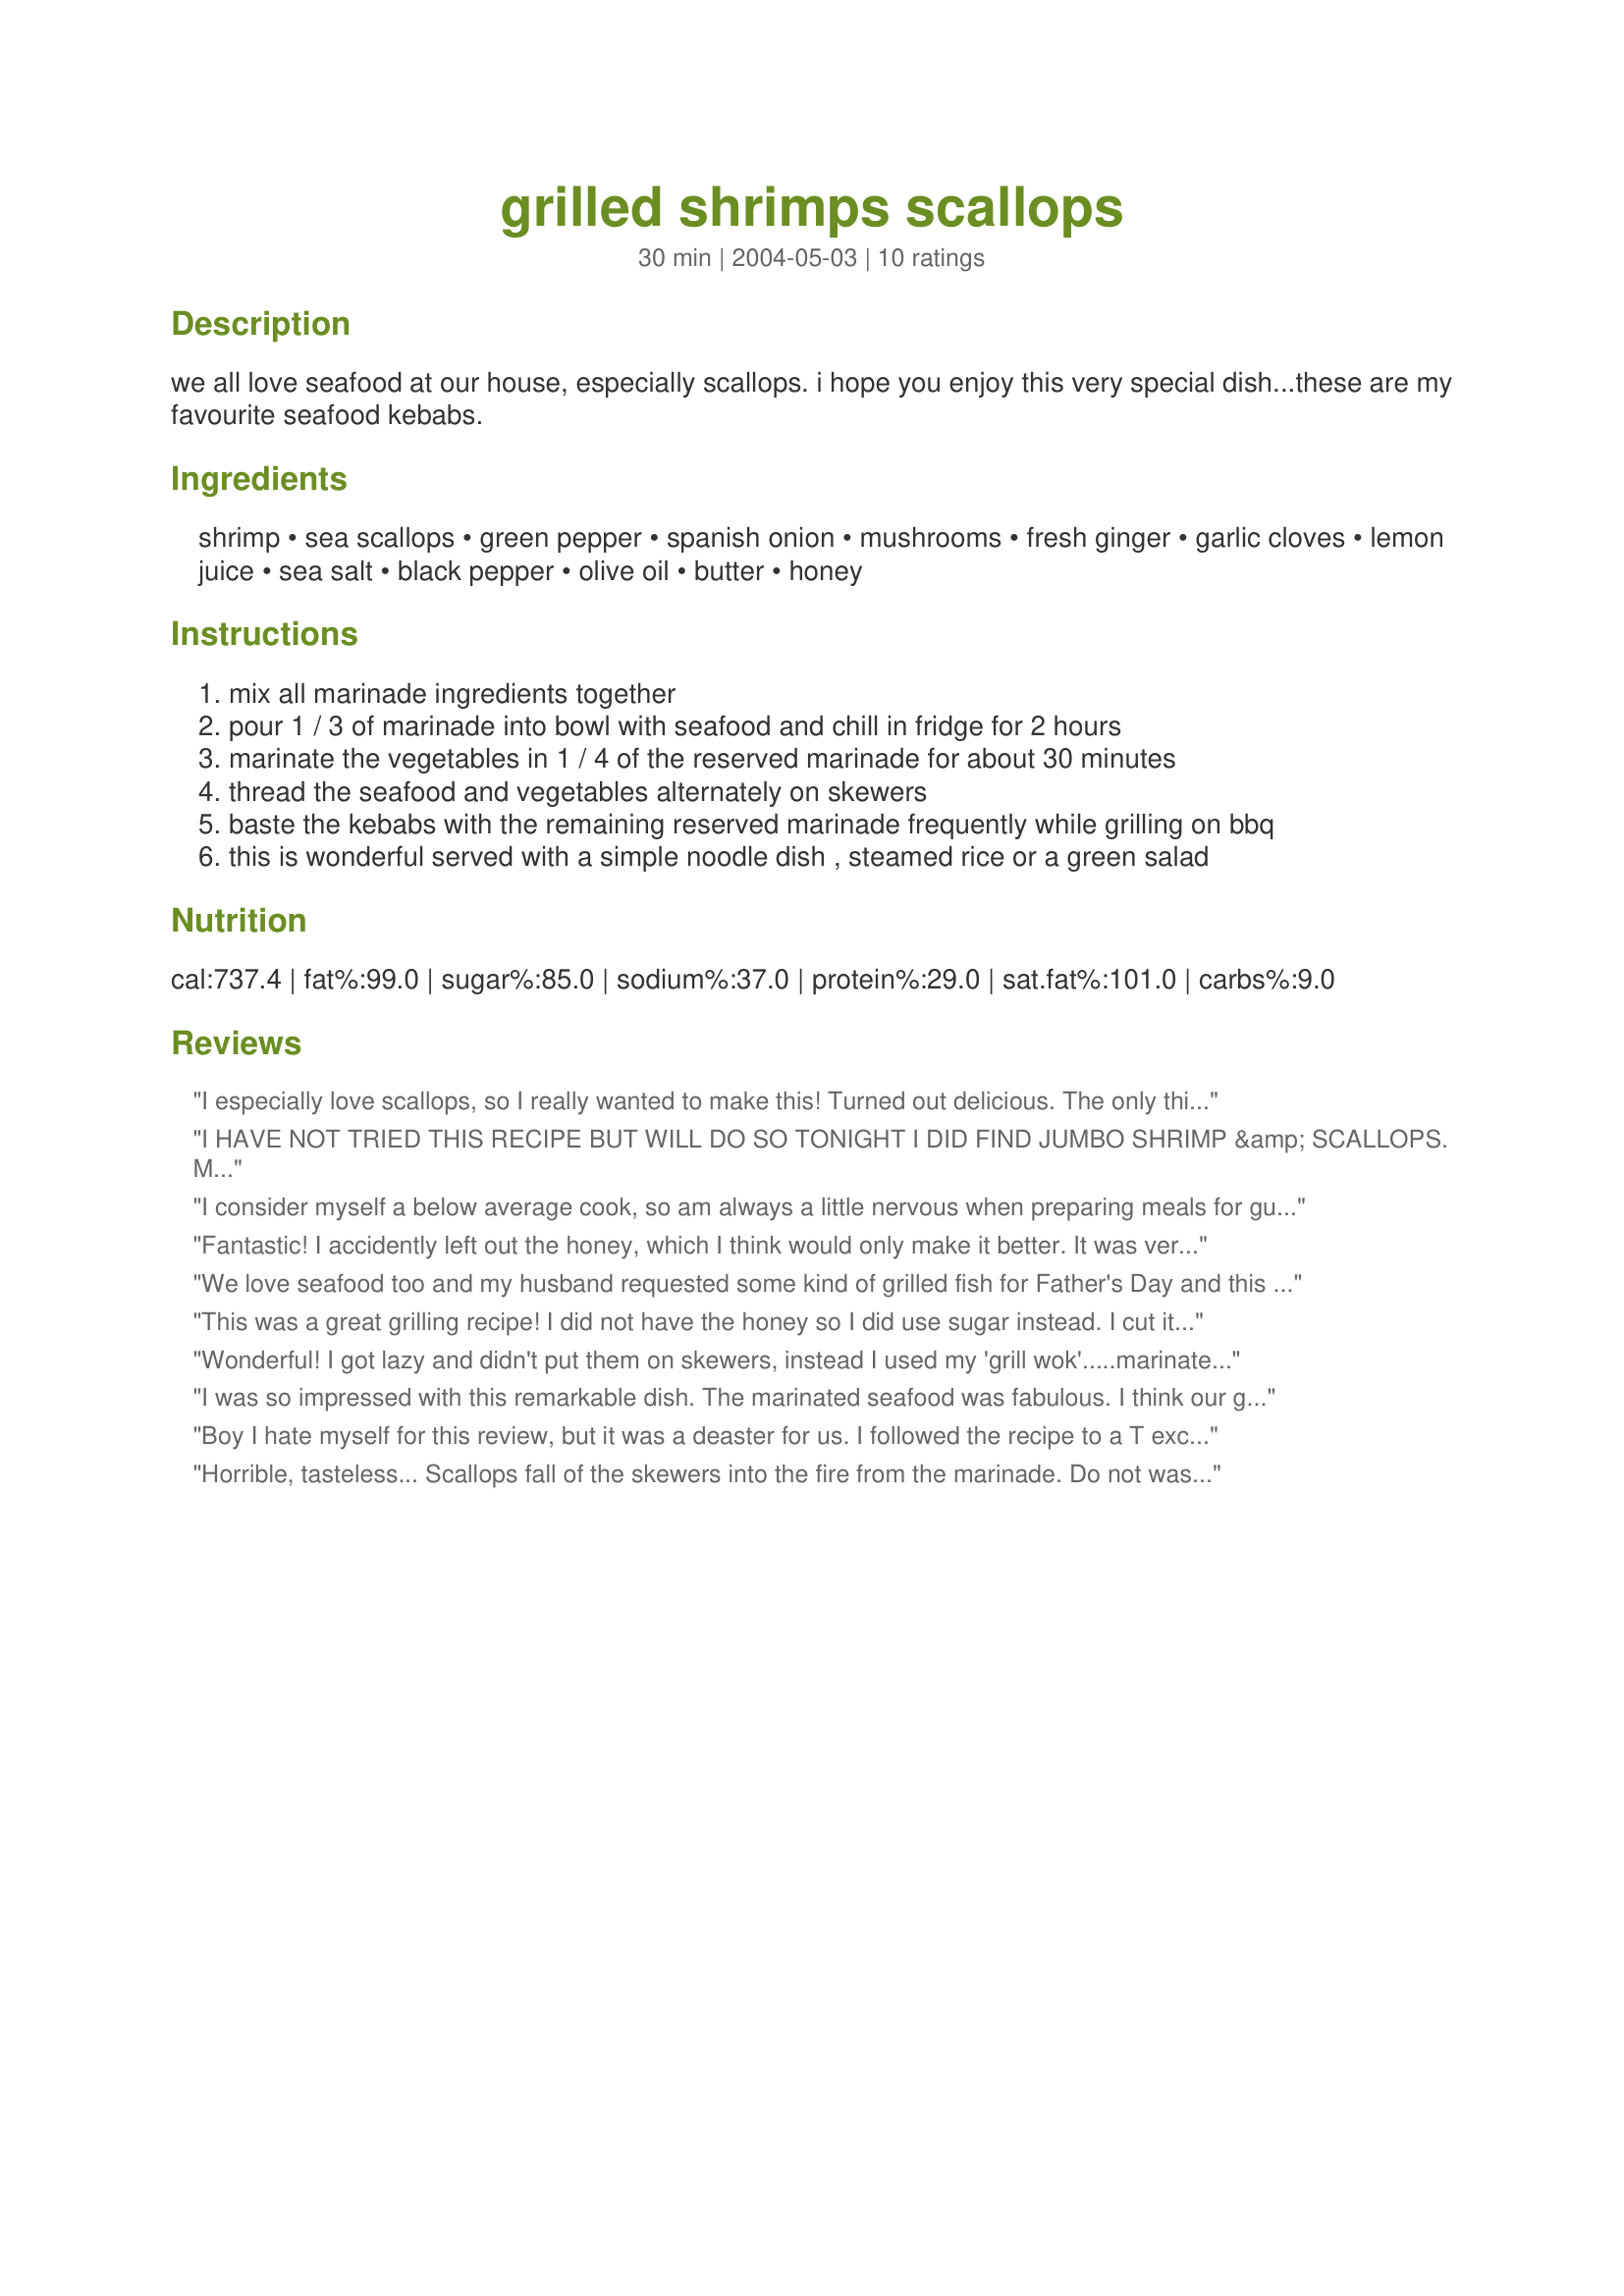
grilled shrimps scallops
Preparation time: 30 minutes

we all love seafood at our house, especially scallops. i hope you enjoy this very special dish...these are my favourite seafood kebabs.

Ingredients:
shrimp, sea scallops, green pepper, spanish onion, mushrooms, fresh ginger, garlic cloves, lemon juice, sea salt, black pepper, olive oil, butter, honey

Steps:
mix all marinade ingredients together
pour 1 / 3 of marinade into bowl with seafood and chill in fridge for 2 hours
marinate the vegetables in 1 / 4 of the reserved marinade for about 30 minutes
thread the seafood and vegetables alternately on skewers
baste the kebabs with the remaining reserved marinade frequently while grilling on bbq
this is wonderful served with a simple noodle dish , steamed rice or a green salad

Reviews:
I especially love scallops, so I really wanted to make this! Turned out delicious. The only thing I might change is to cook all scallops and veggies on one skewer and the shrimp on another. Even though I bought &quot;jumbo&quot; shrimp, they were much smaller than my sea scallops, so they got a bit overdone. Really enjoyed the onion, pepper and mushroom combo. I didn&#039;t have a problem with flare-ups....let my grill get down to medium heat before starting the skewers. Thanks for sharing! Made for Photo Tag!
I HAVE NOT TRIED THIS RECIPE BUT WILL DO SO TONIGHT I DID FIND JUMBO SHRIMP &amp; SCALLOPS. MAYBE THE LADY WHO HAD BAD LUCK USED SMALL OF EA. JUST A GUESS. ALSO, HOW DOES 1 GRILL THE KABOBS, OVER HIGH HEAT, INDIRECT HEAT ETC.???
I consider myself a below average cook, so am always a little nervous when preparing meals for guests. This recipe was so simple and basic, but incredibly delicious. I followed the recipe exactly as written and it turned out fantastic. I was worried about how long the skewers should stay on the grill, but noticed the total cook time was 10 minutes, so went with 5 minutes on each side. (I used the large shrimp and scallops.) My grill temperature was fairly high and everything was done and beautifully browned. This will definitely be my go-to recipe when we have a need for a special meal.
Fantastic! I accidently left out the honey, which I think would only make it better. It was very easy to make and I brought it to a bbq party and everyone loved it. I took the advice in another comment of putting the scallops in milk first as they were previously fozen. I have never tasted such amazing scallops. You should try this recipe!
We love seafood too and my husband requested some kind of grilled fish for Father's Day and this is what we made. I reduced the amount of oil in the marinade to about 3/4 cup and the amount of butter to less than 1/4 pound and it was plenty to give a great flavor to everything.

This is a fantastic recipe and everyone loved it. Thanks for sharing. Sorry, we ate everything so quickly no time to snap a photo!
This was a great grilling recipe! I did not have the honey so I did use sugar instead. I cut it to 2 teaspoons of sugar. We all loved this! Thanks Baby Kato
Wonderful! I got lazy and didn't put them on skewers, instead I used my 'grill wok'.....marinated the seafood and veggies and then tossed the veggies in the 'wok' first, stir-grilled them for 2 minutes, then added the seafood. My grill was really hot and the ingredients flamed up quite a bit but that only added to the flavor. I served these over 'dirty rice' and my husband said it was one of the best meals he's ever had. Oh, I didn't use real butter, I used 'Buttery Sticks' to try to keep it heart-healthier! Thanks Baby Kato for a wonderful recipe that will be enjoyed again at my house :)
I was so impressed with this remarkable dish. The marinated seafood was fabulous. I think our grill time was about 8 minutes. Just remember to keep your eye on the shrimp and scallops and don't overcook. I soaked the scallops in milk for 30 minutes before threading on the skewers (it makes a difference in previously frozen fish or scallops). The marinade was full of lovely, lively flavors. I served the kabobs over angel hair pasta for a very satisfying and lovely meal. Thanks so much BK for sharing this recipe for the "Pick A Chef" game.
Boy I hate myself for this review, but it was a deaster for us. I followed the recipe to a T except marinated the sea food longer, about 4 hours. We have cooked shrimp and scallops on the grill before, so I'm not sure what happened to this tonight. We always spray our grill to prevent sticking, but it just didn't help tonight. All of the sea food stuck, and most of the scallops fell through the grate. Next time I'll grill this in my grill basket and I think it will work well. The butter makes this flare up quite a bit too. Saying all that, the flavor was awesome. Something I'll prepare again, but grill in a different way. Thanks BK
Horrible, tasteless... Scallops fall of the skewers into the fire from the marinade. Do not waste your food
